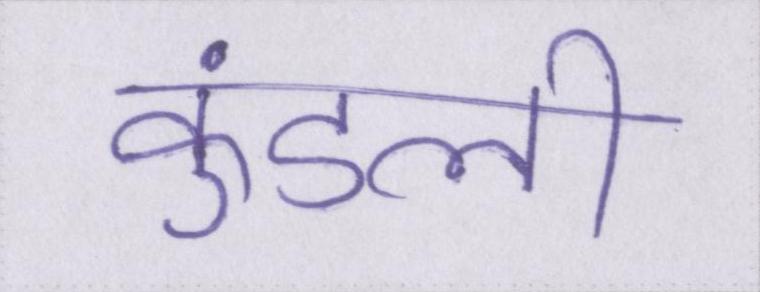
कुंडली